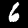
Digit: 6